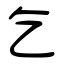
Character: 乞